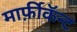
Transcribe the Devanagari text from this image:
मार्फ़ीकॅन्ट